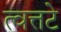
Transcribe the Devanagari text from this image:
त्वत्तटे